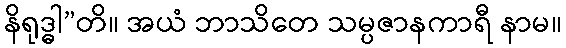
နိရုဒ္ဓါ”တိ။ အယံ ဘာသိတေ သမ္ပဇာနကာရီ နာမ။